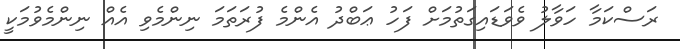
ރަސްކަމާ ހަވާލު ވެވަޑައިގަތުމަށް ފަހު ޢަބްދު އެންމެ ފުރަތަމަ ނިންމެވި އެއް ނިންމެވުމަކީ